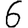
Digit: 6